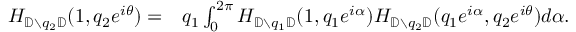
\begin{array} { r l } { H _ { { \mathbb { D } } \setminus q _ { 2 } { \mathbb { D } } } ( 1 , q _ { 2 } e ^ { i \theta } ) = } & { q _ { 1 } \int _ { 0 } ^ { 2 \pi } H _ { { \mathbb { D } } \setminus q _ { 1 } { \mathbb { D } } } ( 1 , q _ { 1 } e ^ { i \alpha } ) H _ { { \mathbb { D } } \setminus q _ { 2 } { \mathbb { D } } } ( q _ { 1 } e ^ { i \alpha } , q _ { 2 } e ^ { i \theta } ) d \alpha . } \end{array}